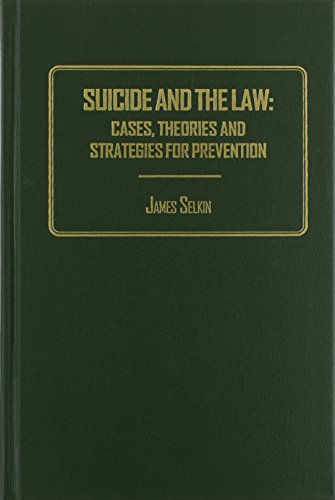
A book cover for Suicide And the Law: Cases, Theories And Strategies for Prevention; James Selkin; Law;